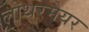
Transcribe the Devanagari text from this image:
लोथरमेयर